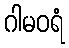
ဂါမဝရံ